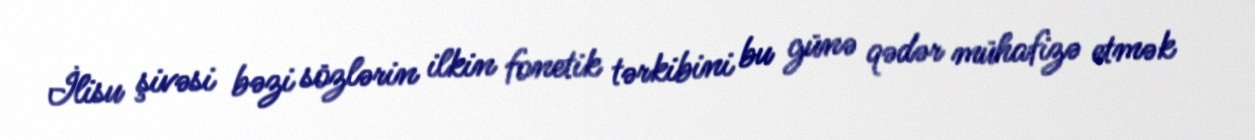
İlisu şivəsi bəzi sözlərin ilkin fonetik tərkibini bu günə qədər mühafizə etmək